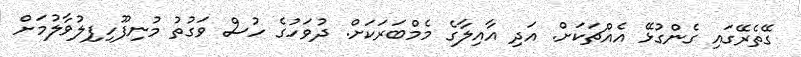
ގޭތެރޭގައި ގެންގުޅޭ އެއްޗަކަށް. އަދި އާއިލާގެ މެމްބަރަކަށް. ދުވަހުގެ ހުސް ވަގުތު މުނިފޫހިފިލުވާލުމަށް